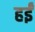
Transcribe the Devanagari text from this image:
हईं